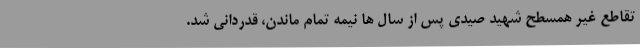
تقاطع غیر همسطح شهید صیدی پس از سال ها نیمه تمام ماندن، قدردانی شد.